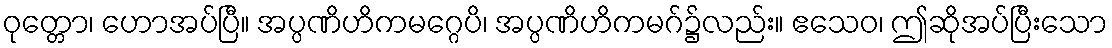
ဝုတ္တော၊ ဟောအပ်ပြီ။ အပ္ပဏိဟိကမဂ္ဂေပိ၊ အပ္ပဏိဟိကမဂ်၌လည်း။ ဧသေဝ၊ ဤဆိုအပ်ပြီးသော